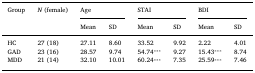
<table><thead><tr><td rowspan="2"><b>Group</b></td><td rowspan="2"><b><i>N</i> (female)</b></td><td colspan="2"><b>Age</b></td><td colspan="2"><b>STAI</b></td><td colspan="2"><b>BDI</b></td></tr><tr><td><b>Mean</b></td><td><b>SD</b></td><td><b>Mean</b></td><td><b>SD</b></td><td><b>Mean</b></td><td><b>SD</b></td></tr></thead><tbody><tr><td>HC</td><td>27 (18)</td><td>27.11</td><td>8.60</td><td>33.52</td><td>9.92</td><td>2.22</td><td>4.01</td></tr><tr><td>GAD</td><td>23 (16)</td><td>28.57</td><td>9.74</td><td>54.74<sup>⁎⁎⁎</sup></td><td>9.27</td><td>15.43<sup>⁎⁎⁎</sup></td><td>8.74</td></tr><tr><td>MDD</td><td>21 (14)</td><td>32.10</td><td>10.01</td><td>60.24<sup>⁎⁎⁎</sup></td><td>7.35</td><td>25.59<sup>⁎⁎⁎</sup></td><td>7.46</td></tr></tbody></table>